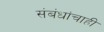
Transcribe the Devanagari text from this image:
संबंधांचाही